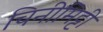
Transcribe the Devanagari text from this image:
चिनीमिट्टी